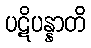
ပဋိပန္နာတိ